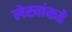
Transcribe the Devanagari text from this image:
लेखांकडे